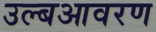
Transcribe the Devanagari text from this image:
उल्बआवरण